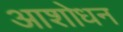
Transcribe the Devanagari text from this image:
आशोधन